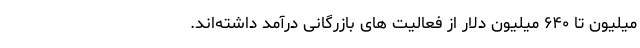
میلیون تا ۶۴۰ میلیون دلار از فعالیت های بازرگانی درآمد داشته‌اند.